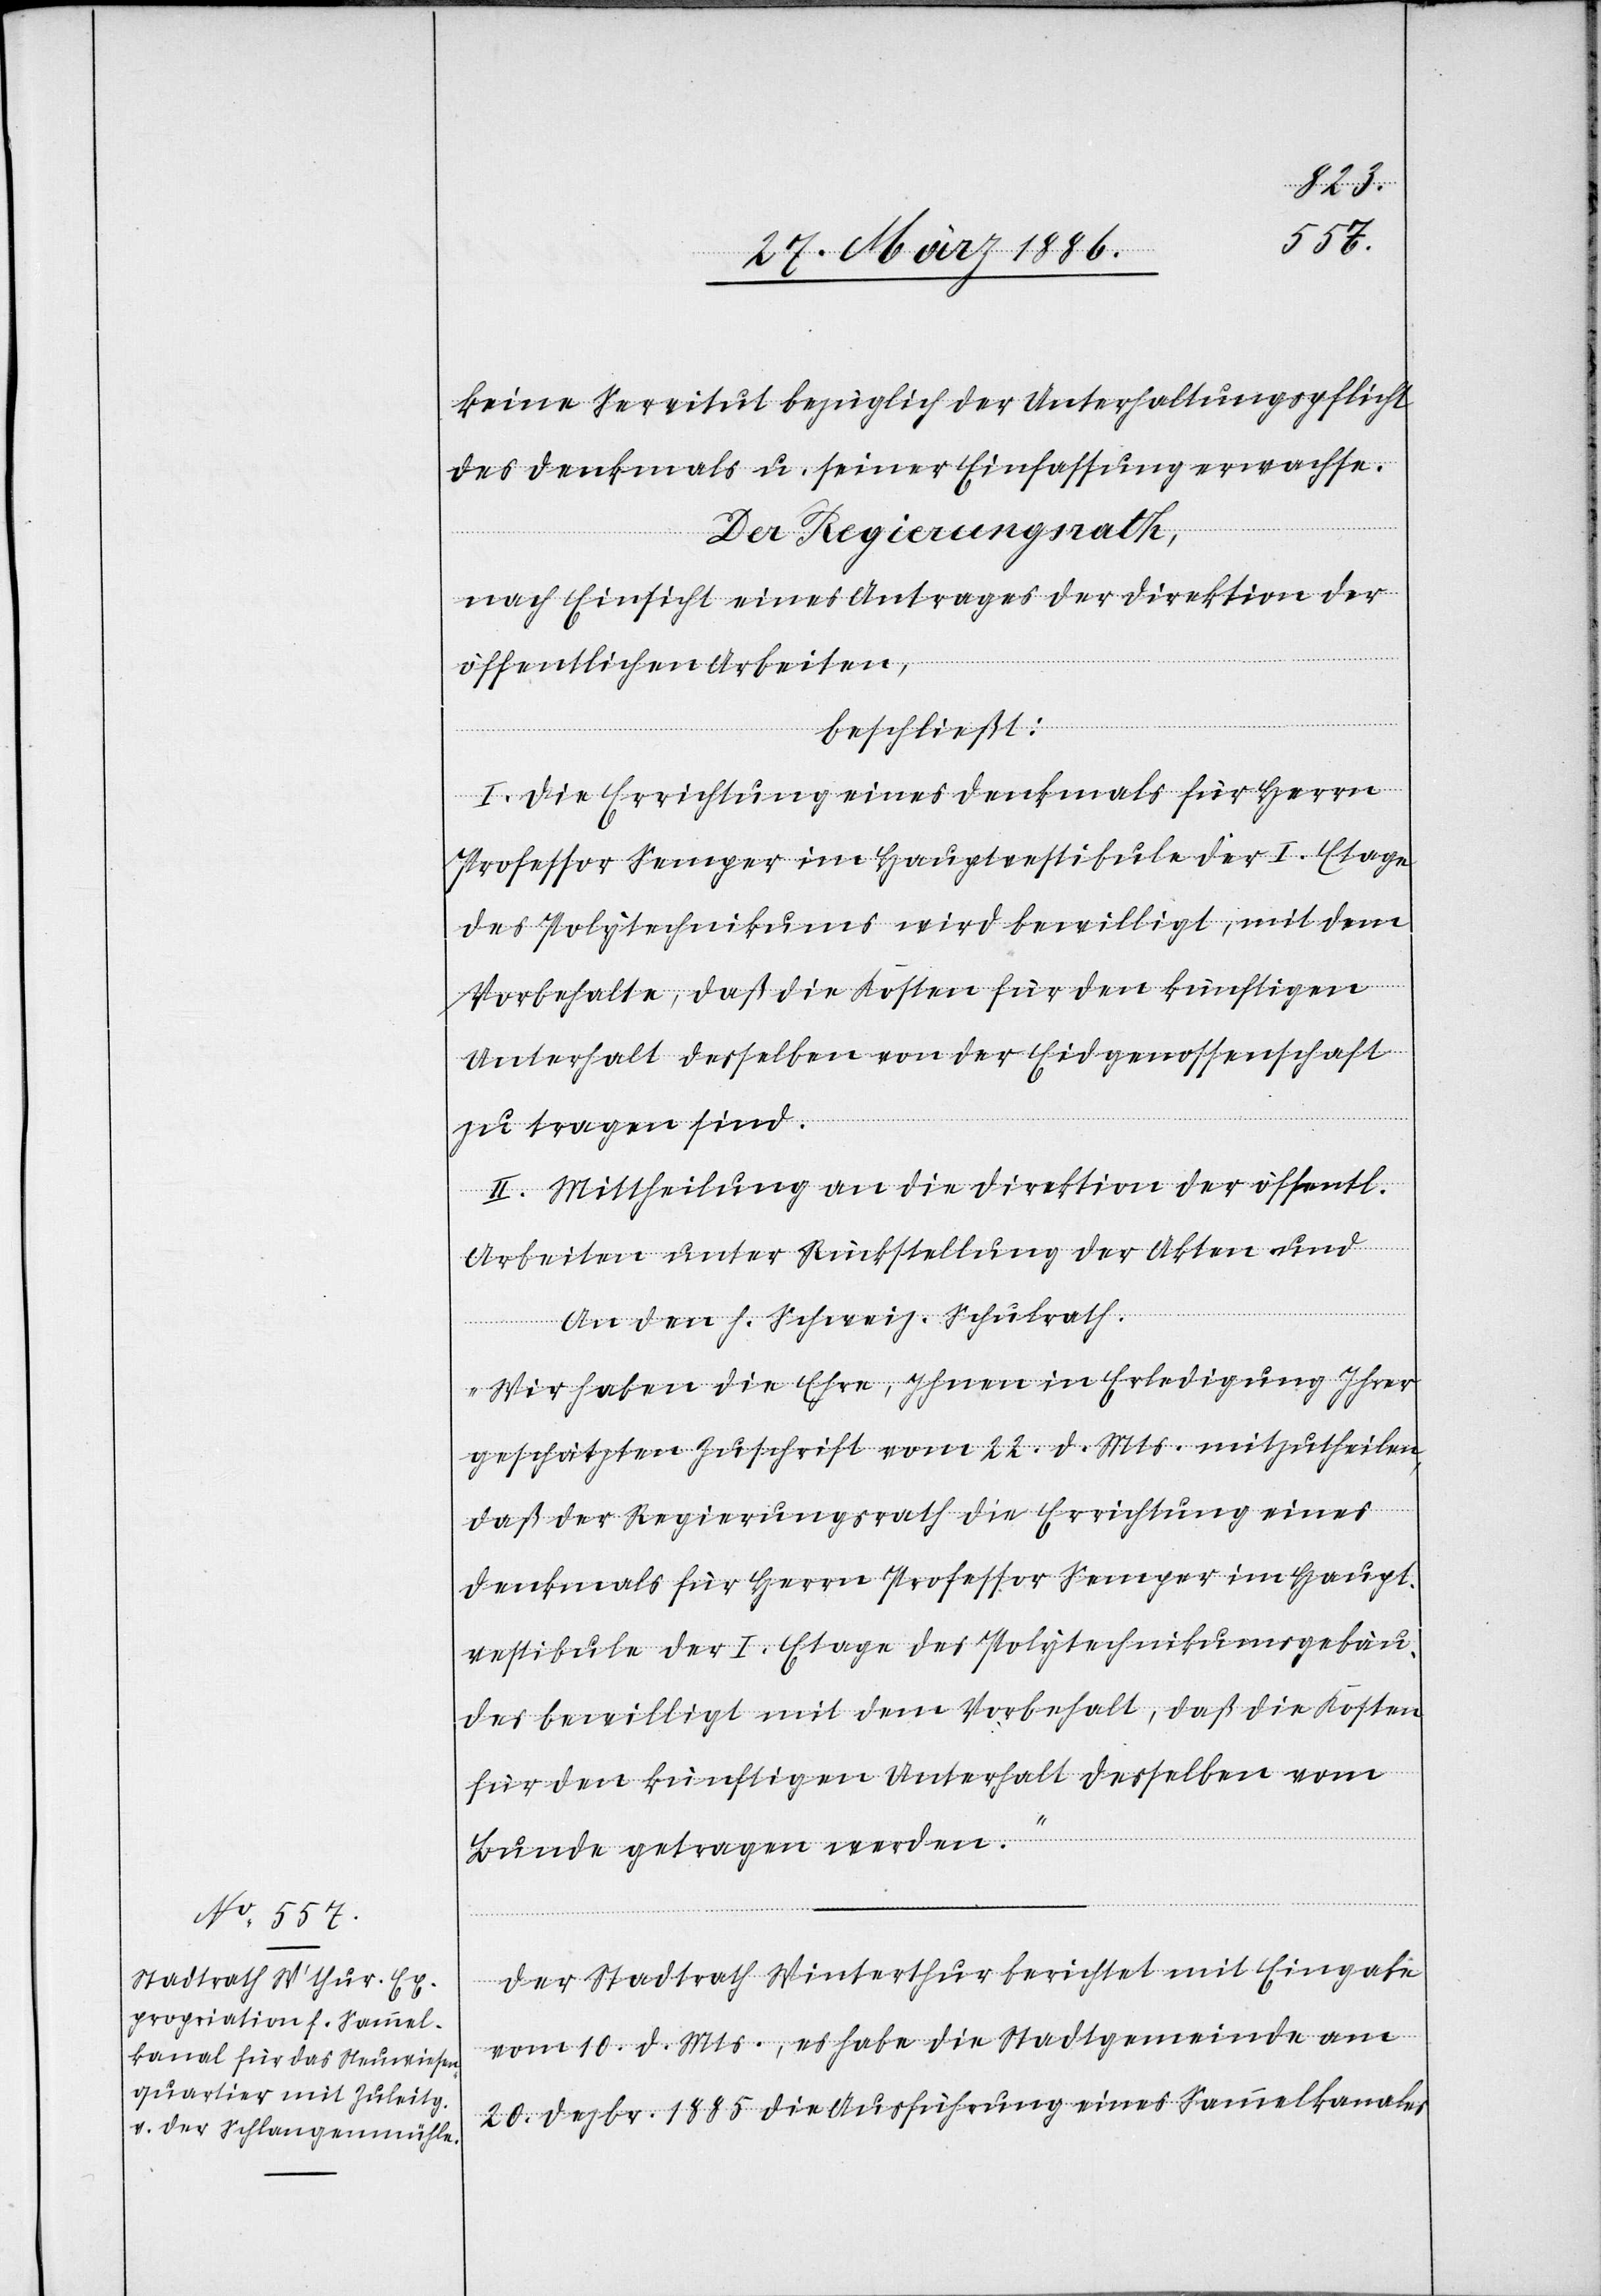
keine Servitut bezüglich der Unterhaltspflicht
des Denkmals u. seiner Einfassung erwachse.
Der Regierungsrath,
nach Einsicht eines Antrags der Direktion der
öffentlichen Arbeiten,
beschließt:
I. Die Errichtung eines Denkmals für Herrn
Professor Semper im Hauptvestibule der I. Etage
des Polytechnikums wird bewilligt, mit dem
Vorbehalte, daß die Kosten für den künftigen
Unterhalt desselben von der Eidgenossenschaft
zu tragen sind.
II. Mittheilung an die Direktion der öffentl.
Arbeiten unter Rückstellung der Akten und
An den h. Schweiz. Schulrath.
„Wir haben die Ehre, Ihnen in Erledigung Ihrer
geschätzten Zuschrift vom 22. d. Mts. mitzutheilen,
daß der Regierungsrath die Errichtung eines
Denkmals für Herrn Professor Semper im Haupt¬
vestibule der I. Etage des Polytechnikumsgebäu¬
des bewilligt mit dem Vorbehalt, daß die Kosten
für den künftigen Unterhalt desselben vom
Bunde getragen werden.“
Der Stadtrath Winterthur berichtet mit Eingabe
vom 10. d. Mts., es habe die Stadtgemeinde am
20. Dezbr. 885 die Ausführung eines Sammelkanals